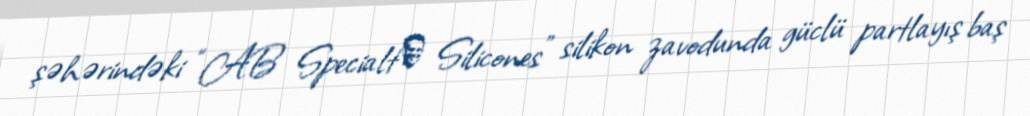
şəhərindəki “AB Specialtу Silicones” silikon zavodunda güclü partlayış baş